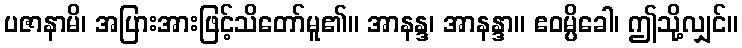
ပဇာနာမိ၊ အပြားအားဖြင့်သိတော်မူ၏။ အာနန္ဒ၊ အာနန္ဒာ။ ဧဝမ္ပိခေါ၊ ဤသို့လျှင်။